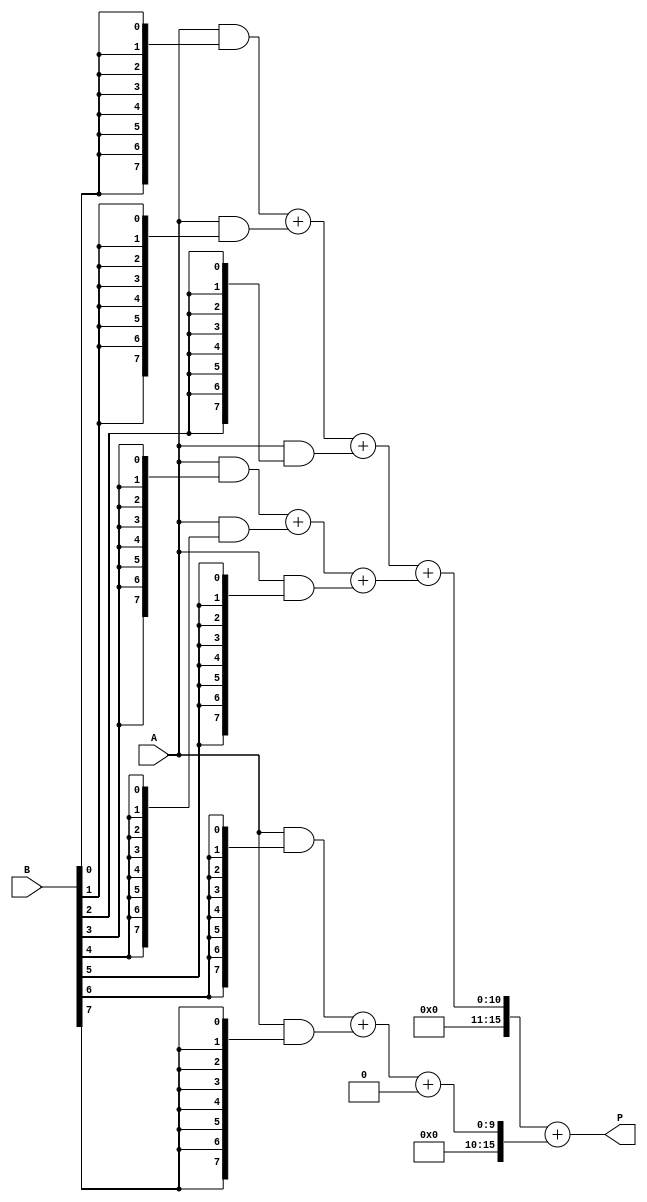
module dadda_multiplier (
    input [7:0] A, // 8-bit multiplicand
    input [7:0] B, // 8-bit multiplier
    output reg [15:0] P // 16-bit product
);

    // Partial product array
    wire [7:0] pp [0:7]; // 8 partial products
    wire [15:0] sum_stage1 [0:3]; // Stage 1 sums
    wire [15:0] sum_stage2 [0:1]; // Stage 2 sums
    wire [15:0] final_sum; // Final sum

    // Generate partial products
    genvar i, j;
    generate
        for (i = 0; i < 8; i = i + 1) begin : pp_gen
            assign pp[i] = A & {8{B[i]}};
        end
    endgenerate

    // Stage 1: Reduce partial products
    // Grouping into sets of 3
    assign sum_stage1[0] = pp[0] + pp[1] + pp[2];
    assign sum_stage1[1] = pp[3] + pp[4] + pp[5];
    assign sum_stage1[2] = pp[6] + pp[7];
    assign sum_stage1[3] = 16'b0; // Padding for alignment

    // Stage 2: Further reduction
    assign sum_stage2[0] = sum_stage1[0] + sum_stage1[1];
    assign sum_stage2[1] = sum_stage1[2] + sum_stage1[3];

    // Final addition
    always @(*) begin
        P = sum_stage2[0] + sum_stage2[1];
    end

endmodule